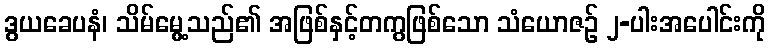
ဒွယခေပနံ၊ သိမ်မွေ့သည်၏ အဖြစ်နှင့်တကွဖြစ်သော သံယောဇဉ် ၂-ပါးအပေါင်းကို